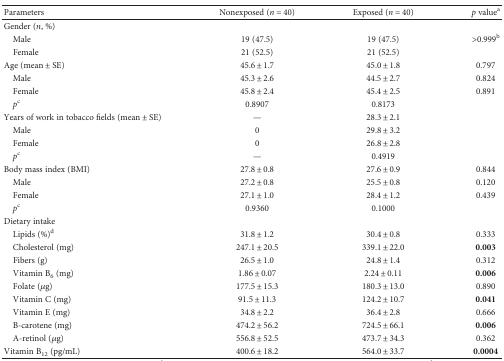
| Parameters | Nonexposed (n = 40) | Exposed (n = 40) | p valuea |
 | --- | --- | --- | --- |
 | Gender (n, %) |  |  |  |
 | Male | 19 (47.5) | 19 (47.5) | >0.999b |
 | Female | 21 (52.5) | 21 (52.5) |  |
 | Age (mean ± SE) | 45.6 ± 1.7 | 45.0 ± 1.8 | 0.797 |
 | Male | 45.3 ± 2.6 | 44.5 ± 2.7 | 0.824 |
 | Female | 45.8 ± 2.4 | 45.4 ± 2.5 | 0.891 |
 | pc | 0.8907 | 0.8173 |  |
 | Years of work in tobacco fields (mean ± SE) | — | 28.3 ± 2.1 |  |
 | Male | 0 | 29.8 ± 3.2 |  |
 | Female | 0 | 26.8 ± 2.8 |  |
 | pc | — | 0.4919 |  |
 | Body mass index (BMI) | 27.8 ± 0.8 | 27.6 ± 0.9 | 0.844 |
 | Male | 27.2 ± 0.8 | 25.5 ± 0.8 | 0.120 |
 | Female | 27.1 ± 1.0 | 28.4 ± 1.2 | 0.439 |
 | pc | 0.9360 | 0.1000 |  |
 | Dietary intake |  |  |  |
 | Lipids (%)d | 31.8 ± 1.2 | 30.4 ± 0.8 | 0.333 |
 | Cholesterol (mg) | 247.1 ± 20.5 | 339.1 ± 22.0 | 0.003 |
 | Fibers (g) | 26.5 ± 1.0 | 24.8 ± 1.4 | 0.312 |
 | Vitamin B6 (mg) | 1.86 ± 0.07 | 2.24 ± 0.11 | 0.006 |
 | Folate (μg) | 177.5 ± 15.3 | 180.3 ± 13.0 | 0.890 |
 | Vitamin C (mg) | 91.5 ± 11.3 | 124.2 ± 10.7 | 0.041 |
 | Vitamin E (mg) | 34.8 ± 2.2 | 36.4 ± 2.8 | 0.666 |
 | B-carotene (mg) | 474.2 ± 56.2 | 724.5 ± 66.1 | 0.006 |
 | A-retinol (μg) | 556.8 ± 52.5 | 473.7 ± 34.3 | 0.362 |
 | Vitamin B12 (pg/mL) | 400.6 ± 18.2 | 564.0 ± 33.7 | 0.0004 |